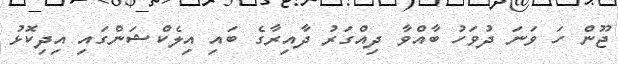
ޖޫން ހަ ވަނަ ދުވަހު ބާއްވާ ދިއްގަރު ދާއިރާގެ ބައި އިލެކްޝަންގައި އިދިކޮޅު